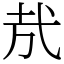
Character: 㢤